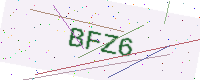
Text: BFZ6